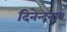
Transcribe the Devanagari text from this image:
दिनेन्द्रनाथ